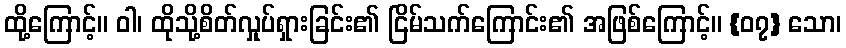
ထို့ကြောင့်။ ဝါ၊ ထိုသို့စိတ်လှုပ်ရှားခြင်း၏ ငြိမ်သက်ကြောင်း၏ အဖြစ်ကြောင့်။ {၀၇} သော၊